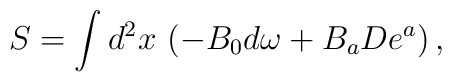
S = \int d^{2}x\, \left(  - B_{0} d\omega +  B_{a}De^{a}   \right),